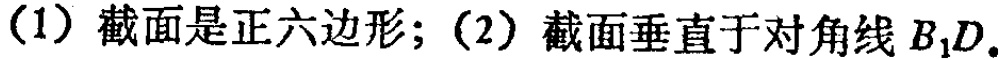
(1) 截面是正六边形；(2) 截面垂直于对角线 \(B_{1}D\).